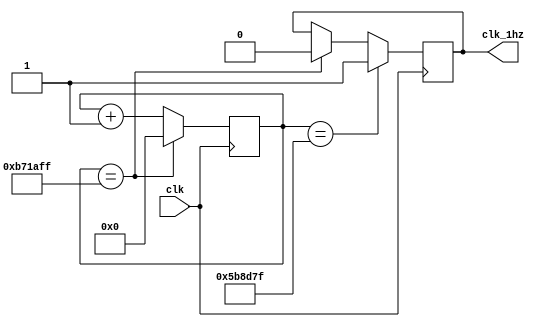
`timescale 1ns / 1ps
//////////////////////////////////////////////////////////////////////////////////
// Company: Myminieye
// 
// Design Name: 
// Module Name: blue
// Project Name: 
// Target Devices: 
// Tool Versions: 
// Description: 
// 
// Dependencies: 0~91s
// 
// Revision: v1.0
// Revision 0.01 - File Created
// Additional Comments:
// 
//////////////////////////////////////////////////////////////////////////////////
`define UD #1
module div_clk
(
	input clk,
	output clk_1hz
);
// 83.33*12000000=1s hex= B71B00
reg [23:0] times_cnt=0;

    always @(posedge clk)
    begin
	   if(times_cnt== 24'hB71B00-1'b1)
	       times_cnt <= `UD 24'd0;
	   else 		
		   times_cnt <= `UD times_cnt + 1'b1;
    end 

reg flag=0;
always @(posedge clk)
begin
	if(times_cnt==24'hB71B00/2 - 1'b1)
		flag <= `UD 1'b1;
	else if(times_cnt== 24'hB71B00 - 1'b1)
		flag <= `UD 1'b0;		
end 
assign clk_1hz = flag;

endmodule